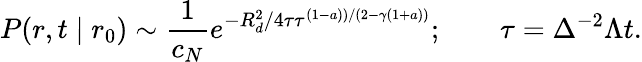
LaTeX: P(r,t\mid r_{0})\sim{\frac{1}{c_{N}}}e^{-R_{d}^{2}/4\tau\tau^{(1-a))/(2-\gamma(1+a))}};\qquad\tau=\Delta^{-2}\Lambda t.